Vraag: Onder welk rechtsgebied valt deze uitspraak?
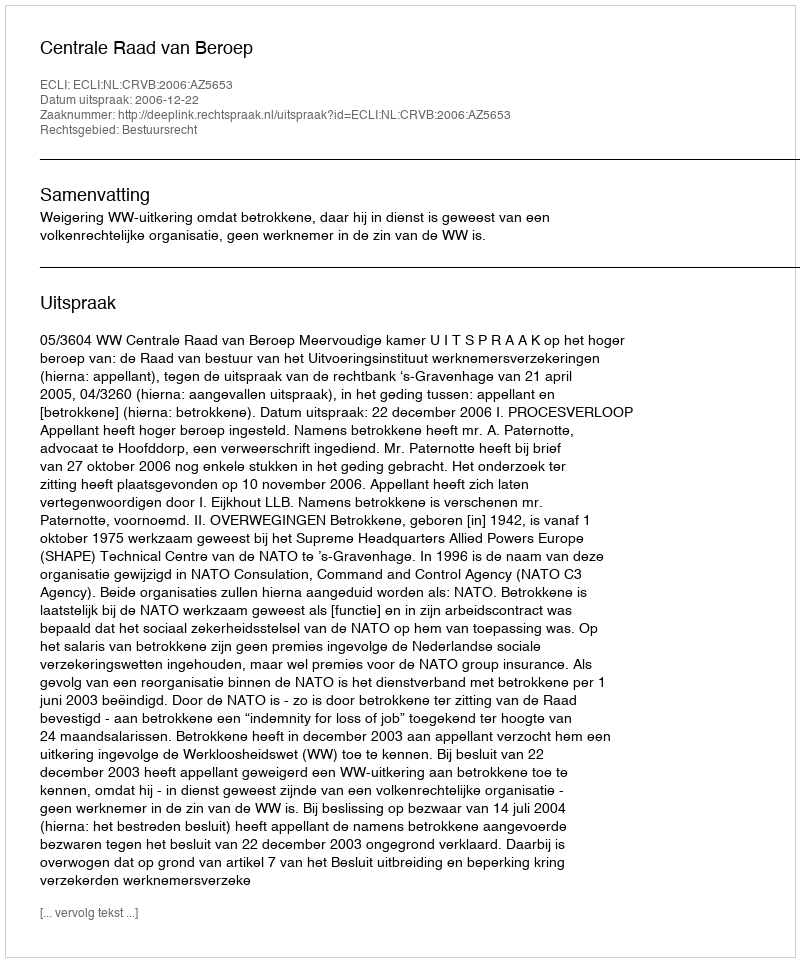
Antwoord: Bestuursrecht